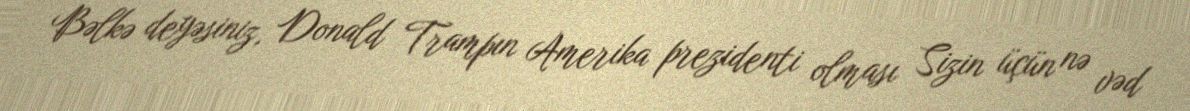
Bəlkə deyəsiniz, Donald Trampın Amerika prezidenti olması Sizin üçün nə vəd